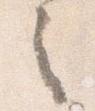
之